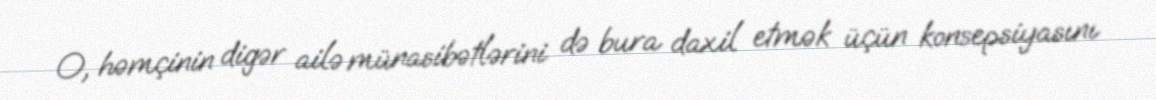
O, həmçinin digər ailə münasibətlərini də bura daxil etmək üçün konsepsiyasını